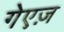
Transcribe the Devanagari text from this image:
गेएज़